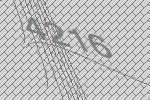
4216